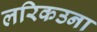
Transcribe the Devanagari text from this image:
लरिकउना